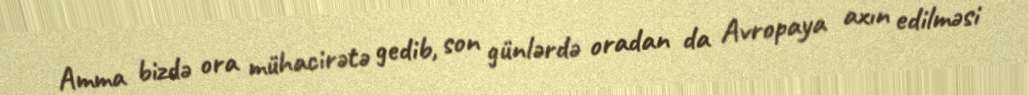
Amma bizdə ora mühacirətə gedib, son günlərdə oradan da Avropaya axın edilməsi